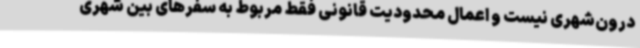
درون‌شهری نیست و اعمال محدودیت قانونی فقط مربوط به سفرهای بین شهری